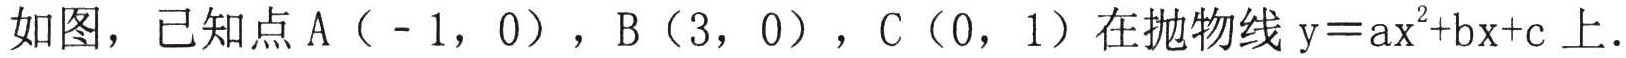
如图，已知点\(A(-1,0)\)，\(B(3,0)\)，\(C(0,1)\)在抛物线\(y = ax^{2}+bx + c\)上.